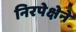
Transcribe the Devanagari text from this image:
निरपेक्षेने